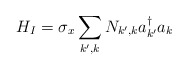
\begin{align*}H_{I} = \sigma_{x}\sum_{k^{\prime},k} N_{k^{\prime}, k}a_{k^{\prime}}^{\dagger}a_{k}\end{align*}